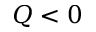
Q < 0